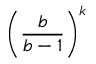
{ \left( { \frac { b } { b - 1 } } \right) } ^ { k }